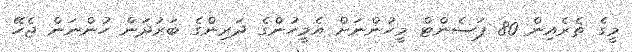
މީގެ ތެރެއިން 80 ޕަސެންޓް މީހުންނަށް އެމީހުންގެ ދަރިންގެ ބަރުދަން ހުންނަން ޖެހޭ